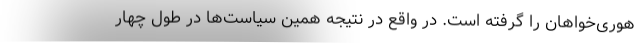
هوری‌خواهان را گرفته است. در واقع در نتیجه همین سیاست‌ها در طول چهار